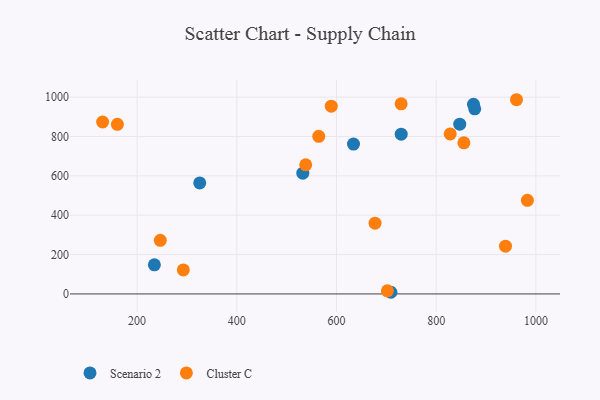
{"axis": {"x": "Experience", "y": "Demand"}, "legend": ["Cluster C", "Scenario 2"], "data": [{"x": "709.2", "y": 8.4, "type": "Scenario 2"}, {"x": "847.2", "y": 862.7, "type": "Scenario 2"}, {"x": "325.6", "y": 563.8, "type": "Scenario 2"}, {"x": "729.8", "y": 812.0, "type": "Scenario 2"}, {"x": "877.3", "y": 940.6, "type": "Scenario 2"}, {"x": "234.6", "y": 147.8, "type": "Scenario 2"}, {"x": "634.1", "y": 761.5, "type": "Scenario 2"}, {"x": "532.4", "y": 613.5, "type": "Scenario 2"}, {"x": "874.8", "y": 963.7, "type": "Scenario 2"}, {"x": "702.1", "y": 15.7, "type": "Cluster C"}, {"x": "982.9", "y": 475.6, "type": "Cluster C"}, {"x": "589.5", "y": 954.0, "type": "Cluster C"}, {"x": "292.7", "y": 122.1, "type": "Cluster C"}, {"x": "564.4", "y": 801.0, "type": "Cluster C"}, {"x": "961.1", "y": 986.8, "type": "Cluster C"}, {"x": "130.8", "y": 873.5, "type": "Cluster C"}, {"x": "677.3", "y": 359.6, "type": "Cluster C"}, {"x": "855.5", "y": 767.6, "type": "Cluster C"}, {"x": "828.1", "y": 813.2, "type": "Cluster C"}, {"x": "160.4", "y": 861.9, "type": "Cluster C"}, {"x": "939.0", "y": 242.7, "type": "Cluster C"}, {"x": "246.5", "y": 272.4, "type": "Cluster C"}, {"x": "538.2", "y": 655.8, "type": "Cluster C"}, {"x": "729.7", "y": 966.0, "type": "Cluster C"}]}